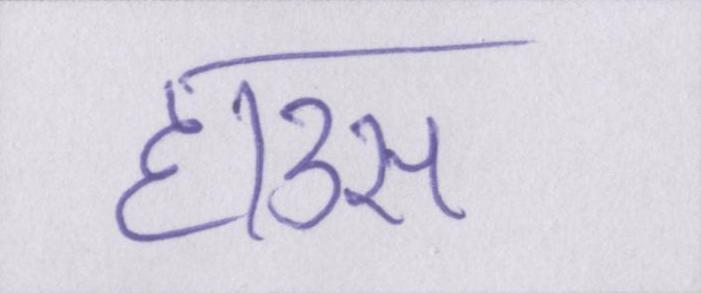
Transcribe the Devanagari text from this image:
हाउस